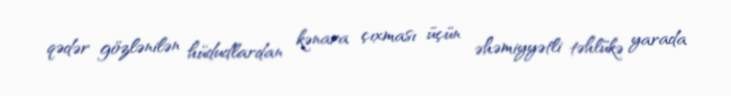
qədər gözlənilən hüdudlardan kənara çıxması üçün əhəmiyyətli təhlükə yarada